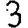
Digit: 3